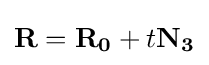
\mathbf {R} =\mathbf {R_{0}} +t\mathbf {N_{3}}